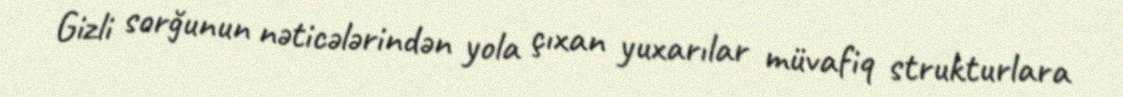
Gizli sorğunun nəticələrindən yola çıxan yuxarılar müvafiq strukturlara